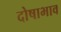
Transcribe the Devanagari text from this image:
दोषाभाव